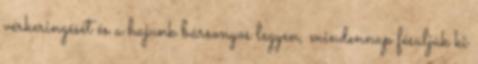
vérkeringését és a hajunk bársonyos legyen, mindennap fésüljük ki